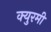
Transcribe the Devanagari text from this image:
क्युरमी